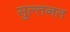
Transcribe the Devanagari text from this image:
सुल्तनत